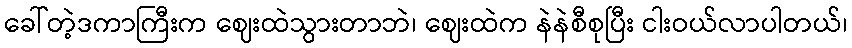
ခေါ်တဲ့ဒကာကြီးက ဈေးထဲသွားတာဘဲ၊ ဈေးထဲက နဲနဲစီစုပြီး ငါးဝယ်လာပါတယ်၊